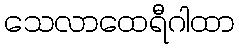
သေလာထေရီဂါထာ